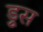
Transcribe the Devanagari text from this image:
ड्रुस